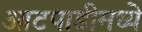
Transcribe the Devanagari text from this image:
आटपाडीमध्ये